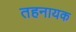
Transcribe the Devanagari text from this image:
तहनायक